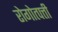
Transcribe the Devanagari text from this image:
रोगोत्पत्ती